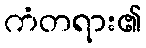
ကံတရား၏